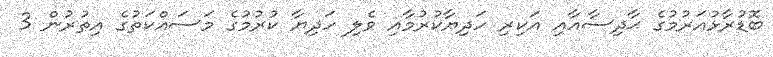
ބޮޑުރާޅުއަރުމުގެ ޙާދިސާއާއި އަކިރި ހަދިޔާކުރުމާއި ވެލި ހަދިޔާ ކުރުމުގެ މަސައްކަތުގެ އިތުރުން 3